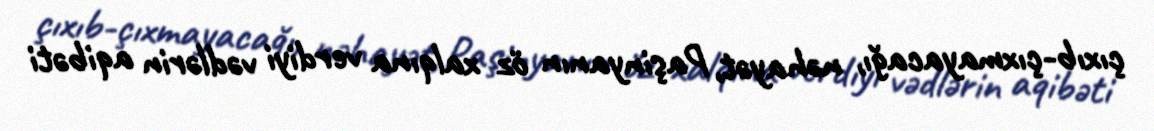
çıxıb-çıxmayacağı, nəhayət, Paşinyanın öz xalqına verdiyi vədlərin aqibəti